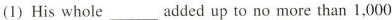
(1) His whole___ added up to no more than 1,000